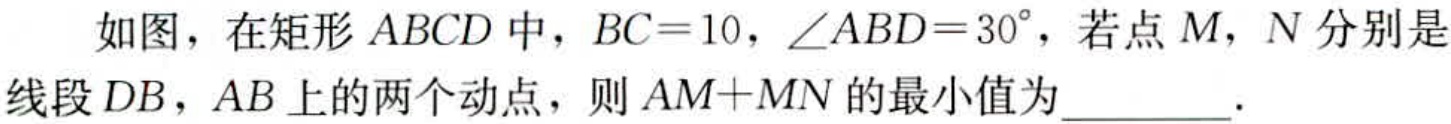
如图，在矩形 \(ABCD\) 中，\(BC = 10\)，\(\angle ABD = 30^{\circ}\)，若点 \(M\)，\(N\) 分别是线段 \(DB\)，\(AB\) 上的两个动点，则 \(AM + MN\) 的最小值为  ．